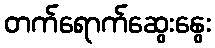
တက်ရောက်ဆွေးနွေး